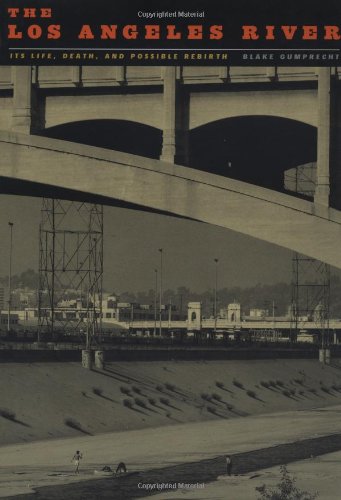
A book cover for The Los Angeles River: Its Life, Death, and Possible Rebirth (Creating the North American Landscape); Blake Gumprecht; Crafts, Hobbies & Home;